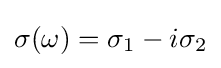
{\sigma (\omega )=\sigma _{1}-i\sigma _{2}}